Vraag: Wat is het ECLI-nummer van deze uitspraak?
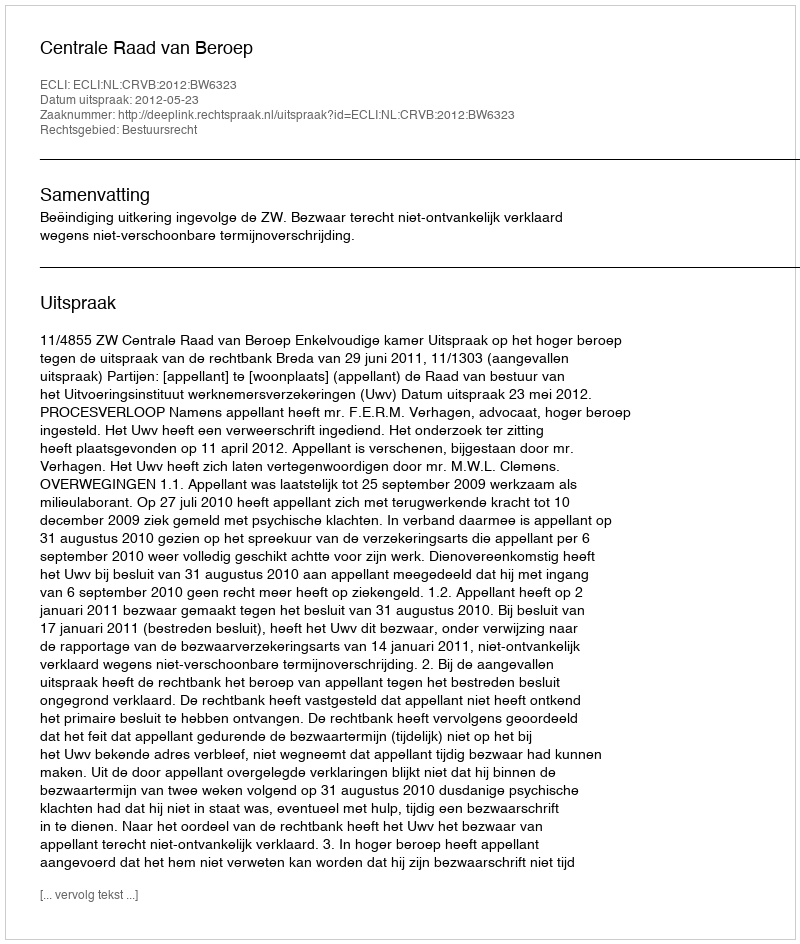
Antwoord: ECLI:NL:CRVB:2012:BW6323